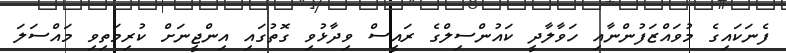
ފެނަކައިގެ މުވައްޒަފުންނާއި ހަވާލާދީ ކައުންސިލްގެ ރައީސް ވިދާޅުވި ގޮތުގައި އިންޖީނަށް ކުރިމަތިވި މައްސަލަ